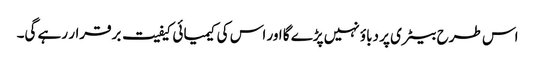
اس طرح بیٹری پر دباؤ نہیں پڑے گا اور اس کی کیمیائی کیفیت برقرار رہے گی۔